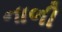
નાળી